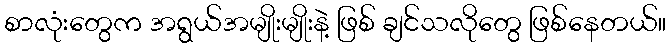
စာလုံးတွေက အရွယ်အမျိုးမျိုးနဲ့ ဖြစ် ချင်သလိုတွေ ဖြစ်နေတယ်။